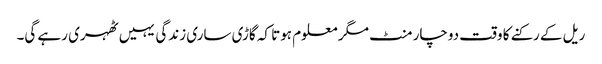
ریل کے رکنے کا وقت دوچار منٹ مگر معلوم ہوتا کہ گاڑی ساری زندگی یہیں ٹھہری رہے گی۔